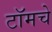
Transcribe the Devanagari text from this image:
टॉमचे